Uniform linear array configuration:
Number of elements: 8
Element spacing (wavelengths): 0.75
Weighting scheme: hann
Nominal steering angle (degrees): -45
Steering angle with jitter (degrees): -43.755
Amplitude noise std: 0.05
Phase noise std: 0.05

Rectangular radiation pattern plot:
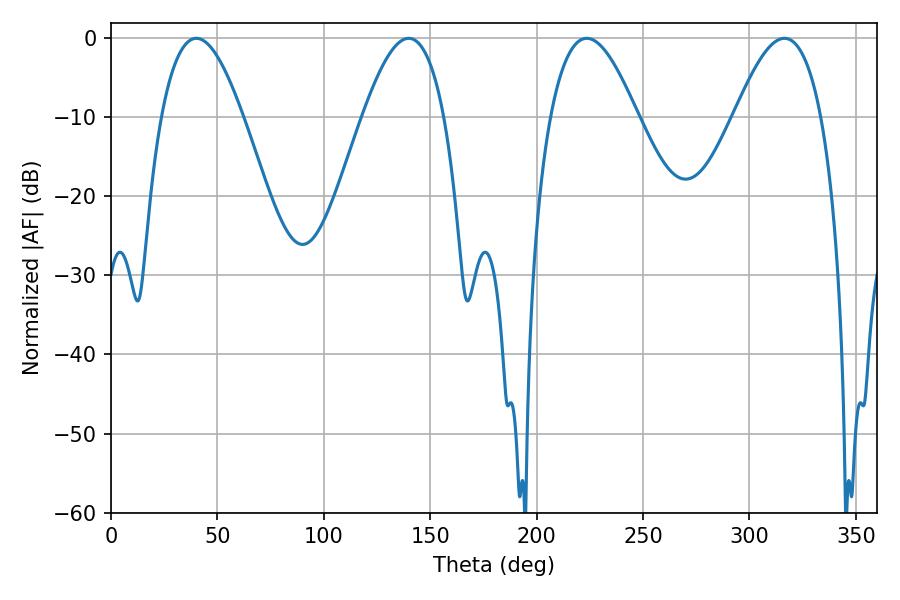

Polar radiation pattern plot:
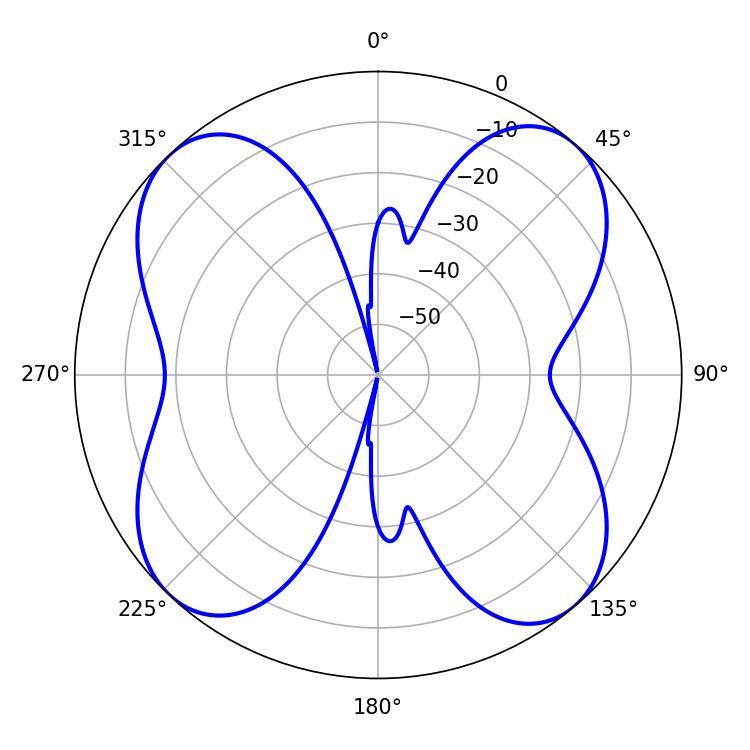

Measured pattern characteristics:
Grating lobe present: TRUE
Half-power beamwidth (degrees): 22.32
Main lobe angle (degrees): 223.56